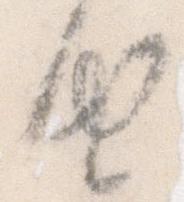
由